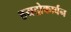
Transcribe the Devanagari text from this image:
हयद्रोकार्बन